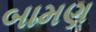
બામણ